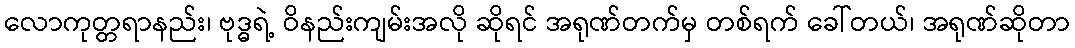
လောကုတ္တရာနည်း၊ ဗုဒ္ဓရဲ့ ဝိနည်းကျမ်းအလို ဆိုရင် အရုဏ်တက်မှ တစ်ရက် ခေါ်တယ်၊ အရုဏ်ဆိုတာ